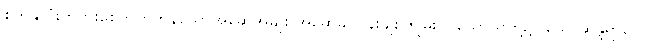
စိတ်နှလုံးကိုပွားစေတတ်ကုန်သောအဆွေအမျိုး အဆွေခင်ပွန်းချစ်ကျွမ်းဝင်သောသူတို့၌။ ယောဆန္ဒရာဂေါ၊